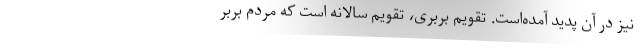
نیز در آن پدید آمده‌است. تقویم بربری، تقویم سالانه است که مردم بربر